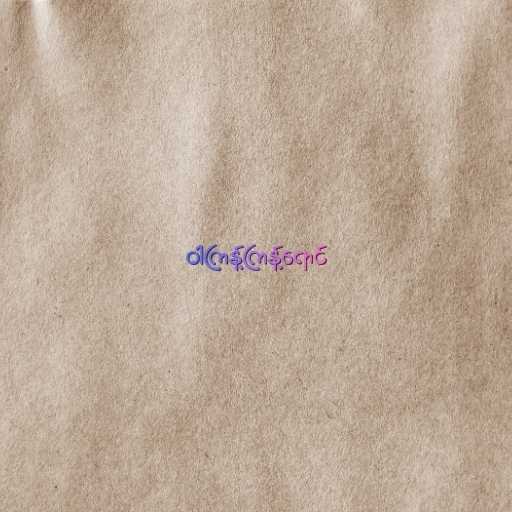
ဝါကြန့်ကြန့်ရောင်